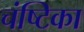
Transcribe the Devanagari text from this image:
चंष्टिका